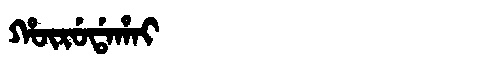
Manchu: ᡥᡡᡵᡠᡩᠠᡥᠠᡳ
Romanization: HŪRUDAHAI